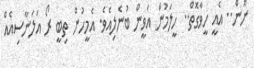
ނޫން.. އެއީ ހީވާގޮތް.. ހީލަމުން އަވީން ބުނެލިއެވެ. އެމީހުން ތިބީ ރޯ އަލަނާސިއެއް